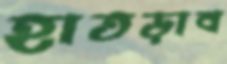
হাতড়াব